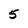
Character: 5